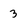
Character: 3